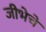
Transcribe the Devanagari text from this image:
जीभेचे